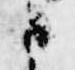
と